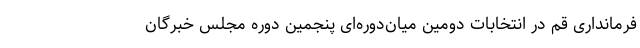
فرمانداری قم در انتخابات دومین میان‌دوره‌ای پنجمین دوره مجلس خبرگان